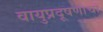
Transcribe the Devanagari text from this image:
वायुप्रदूषणाचा